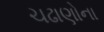
ચઢાણોના